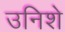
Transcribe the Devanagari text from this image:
उनिशे